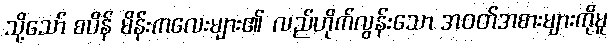
သို့သော် စပိန် မိန်းကလေးများ၏ လည်ဟိုက်လွန်းသော အဝတ်အစားများကိုမူ